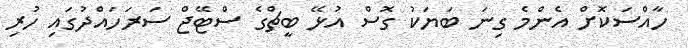
ހާއްސަކޮށް އެންމެ ގިނަ ބަޔަކު ގޮސް އުޅޭ ބީޗްގެ ސްޓޭޖް ސަރަހައްދުގައި ހުރި